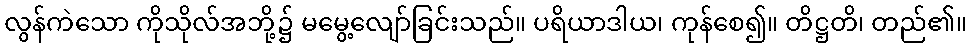
လွန်ကဲသော ကိုသိုလ်အဘို့၌ မမွေ့လျော်ခြင်းသည်။ ပရိယာဒါယ၊ ကုန်စေ၍။ တိဋ္ဌတိ၊ တည်၏။